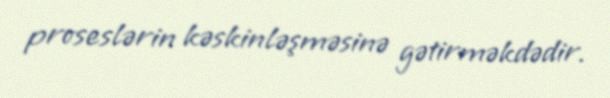
proseslərin kəskinləşməsinə gətirməkdədir.